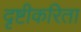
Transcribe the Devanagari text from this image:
दृष्टीकरिता